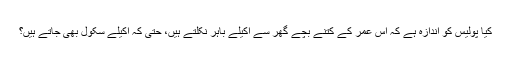
کیا پولیس کو اندازہ ہے کہ اس عمر کے کتنے بچے گھر سے اکیلے باہر نکلتے ہیں، حتی کہ اکیلے سکول بھی جاتے ہیں؟